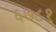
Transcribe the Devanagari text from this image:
६७८१